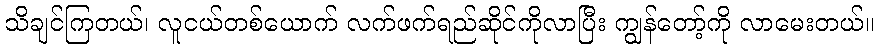
သိချင်ကြတယ်၊ လူငယ်တစ်ယောက် လက်ဖက်ရည်ဆိုင်ကိုလာပြီး ကျွန်တော့်ကို လာမေးတယ်။